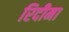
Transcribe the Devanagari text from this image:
रिदीमा